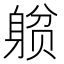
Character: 𲄥